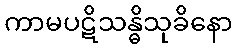
ကာမပဋိသန္ဓိသုခိနော